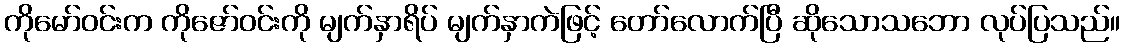
ကိုမော်ဝင်းက ကိုဇော်ဝင်းကို မျက်နှာရိပ် မျက်နှာကဲဖြင့် တော်လောက်ပြီ ဆိုသောသဘော လုပ်ပြသည်။